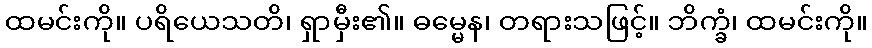
ထမင်းကို။ ပရိယေသတိ၊ ရှာမှီး၏။ ဓမ္မေန၊ တရားသဖြင့်။ ဘိက္ခံ၊ ထမင်းကို။